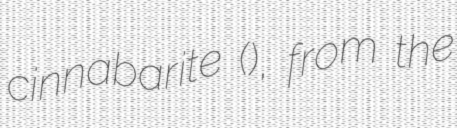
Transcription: cinnabarite (), from the